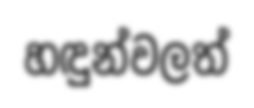
හඳුන්වලත්